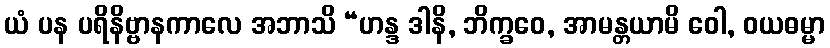
ယံ ပန ပရိနိဗ္ဗာနကာလေ အဘာသိ “ဟန္ဒ ဒါနိ, ဘိက္ခဝေ, အာမန္တယာမိ ဝေါ, ဝယဓမ္မာ